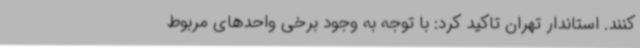
کنند. استاندار تهران تاکید کرد: با توجه به وجود برخی واحدهای مربوط